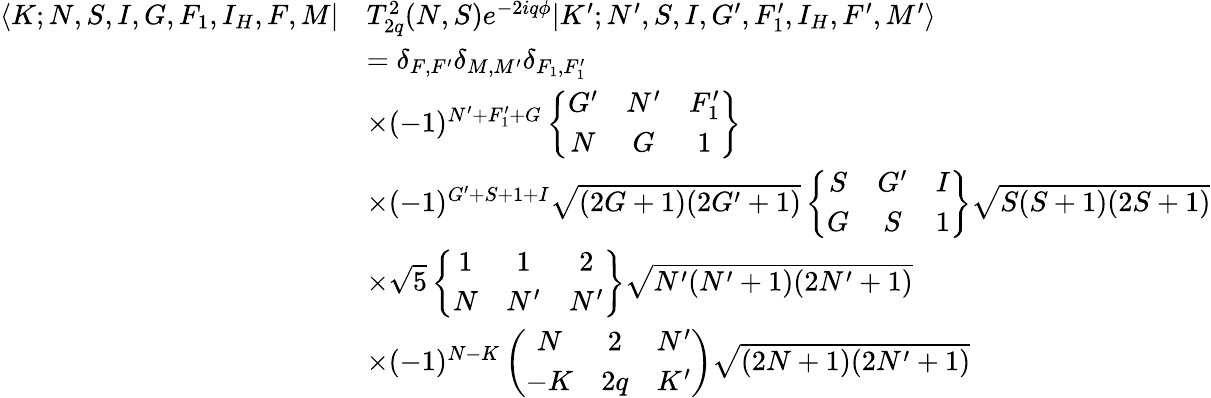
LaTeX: \begin{array}{rl}{\langle K;N,S,I,G,F_{1},I_{H},F,M|}&{T_{2q}^{2}(N,S)e^{-2iq\phi}|K^{\prime};N^{\prime},S,I,G^{\prime},F_{1}^{\prime},I_{H},F^{\prime},M^{\prime}\rangle}\\ &{=\delta_{F,F^{\prime}}\delta_{M,M^{\prime}}\delta_{F_{1},F_{1}^{\prime}}}\\ &{\times(-1)^{N^{\prime}+F_{1}^{\prime}+G}\left\{ \begin{array}{ccc}{G^{\prime}}&{N^{\prime}}&{F_{1}^{\prime}}\\ {N}&{G}&{1}\end{array}\right\} }\\ &{\times(-1)^{G^{\prime}+S+1+I}\sqrt{(2G+1)(2G^{\prime}+1)}\left\{ \begin{array}{ccc}{S}&{G^{\prime}}&{I}\\ {G}&{S}&{1}\end{array}\right\} \sqrt{S(S+1)(2S+1)}}\\ &{\times\sqrt{5}\left\{ \begin{array}{ccc}{1}&{1}&{2}\\ {N}&{N^{\prime}}&{N^{\prime}}\end{array}\right\} \sqrt{N^{\prime}(N^{\prime}+1)(2N^{\prime}+1)}}\\ &{\times(-1)^{N-K}\left(\begin{array}{ccc}{N}&{2}&{N^{\prime}}\\ {-K}&{2q}&{K^{\prime}}\end{array}\right)\sqrt{(2N+1)(2N^{\prime}+1)}}\end{array}